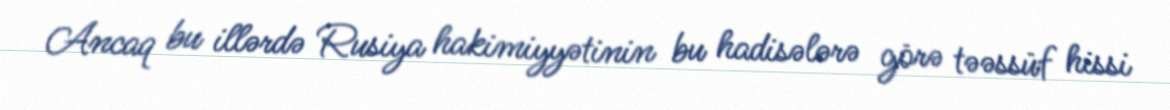
Ancaq bu illərdə Rusiya hakimiyyətinin bu hadisələrə görə təəssüf hissi